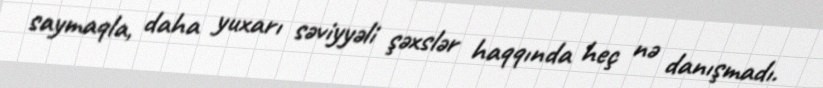
saymaqla, daha yuxarı səviyyəli şəxslər haqqında heç nə danışmadı.